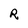
Character: R